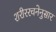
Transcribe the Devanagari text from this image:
शरीररचनेनुसार